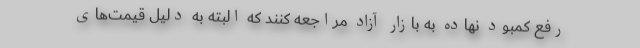
رفع کمبود نهاده به بازار آزاد مراجعه کنند که البته به دلیل قیمت‌های